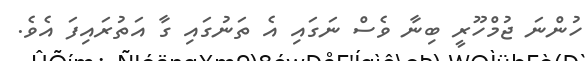
ހުންނަ ޖުމްހޫރީ ބިނާ ވެސް ނަގައި އެ ތަނުގައި ގާ އަތުރައިފަ އެވެ.